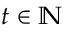
t \in \mathbb { N }